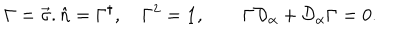
LaTeX: \Gamma = \vec { \sigma } . \hat { n } = \Gamma ^ { \dagger } , \quad \Gamma ^ { 2 } = { \bf 1 } , \qquad \Gamma { \cal D } _ { \alpha } + { \cal D } _ { \alpha } \Gamma = 0 .